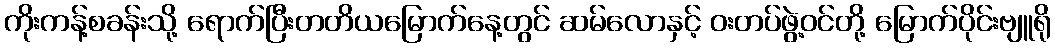
ကိုးကန့်စခန်းသို့ ရောက်ပြီးတတိယမြောက်နေ့တွင် ဆမ်လောနှင့် ဝးတပ်ဖွဲ့ဝင်တို့ မြောက်ပိုင်းဗျူရို